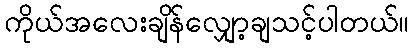
ကိုယ်အလေးချိန်လျှော့ချသင့်ပါတယ်။